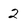
Character: 2